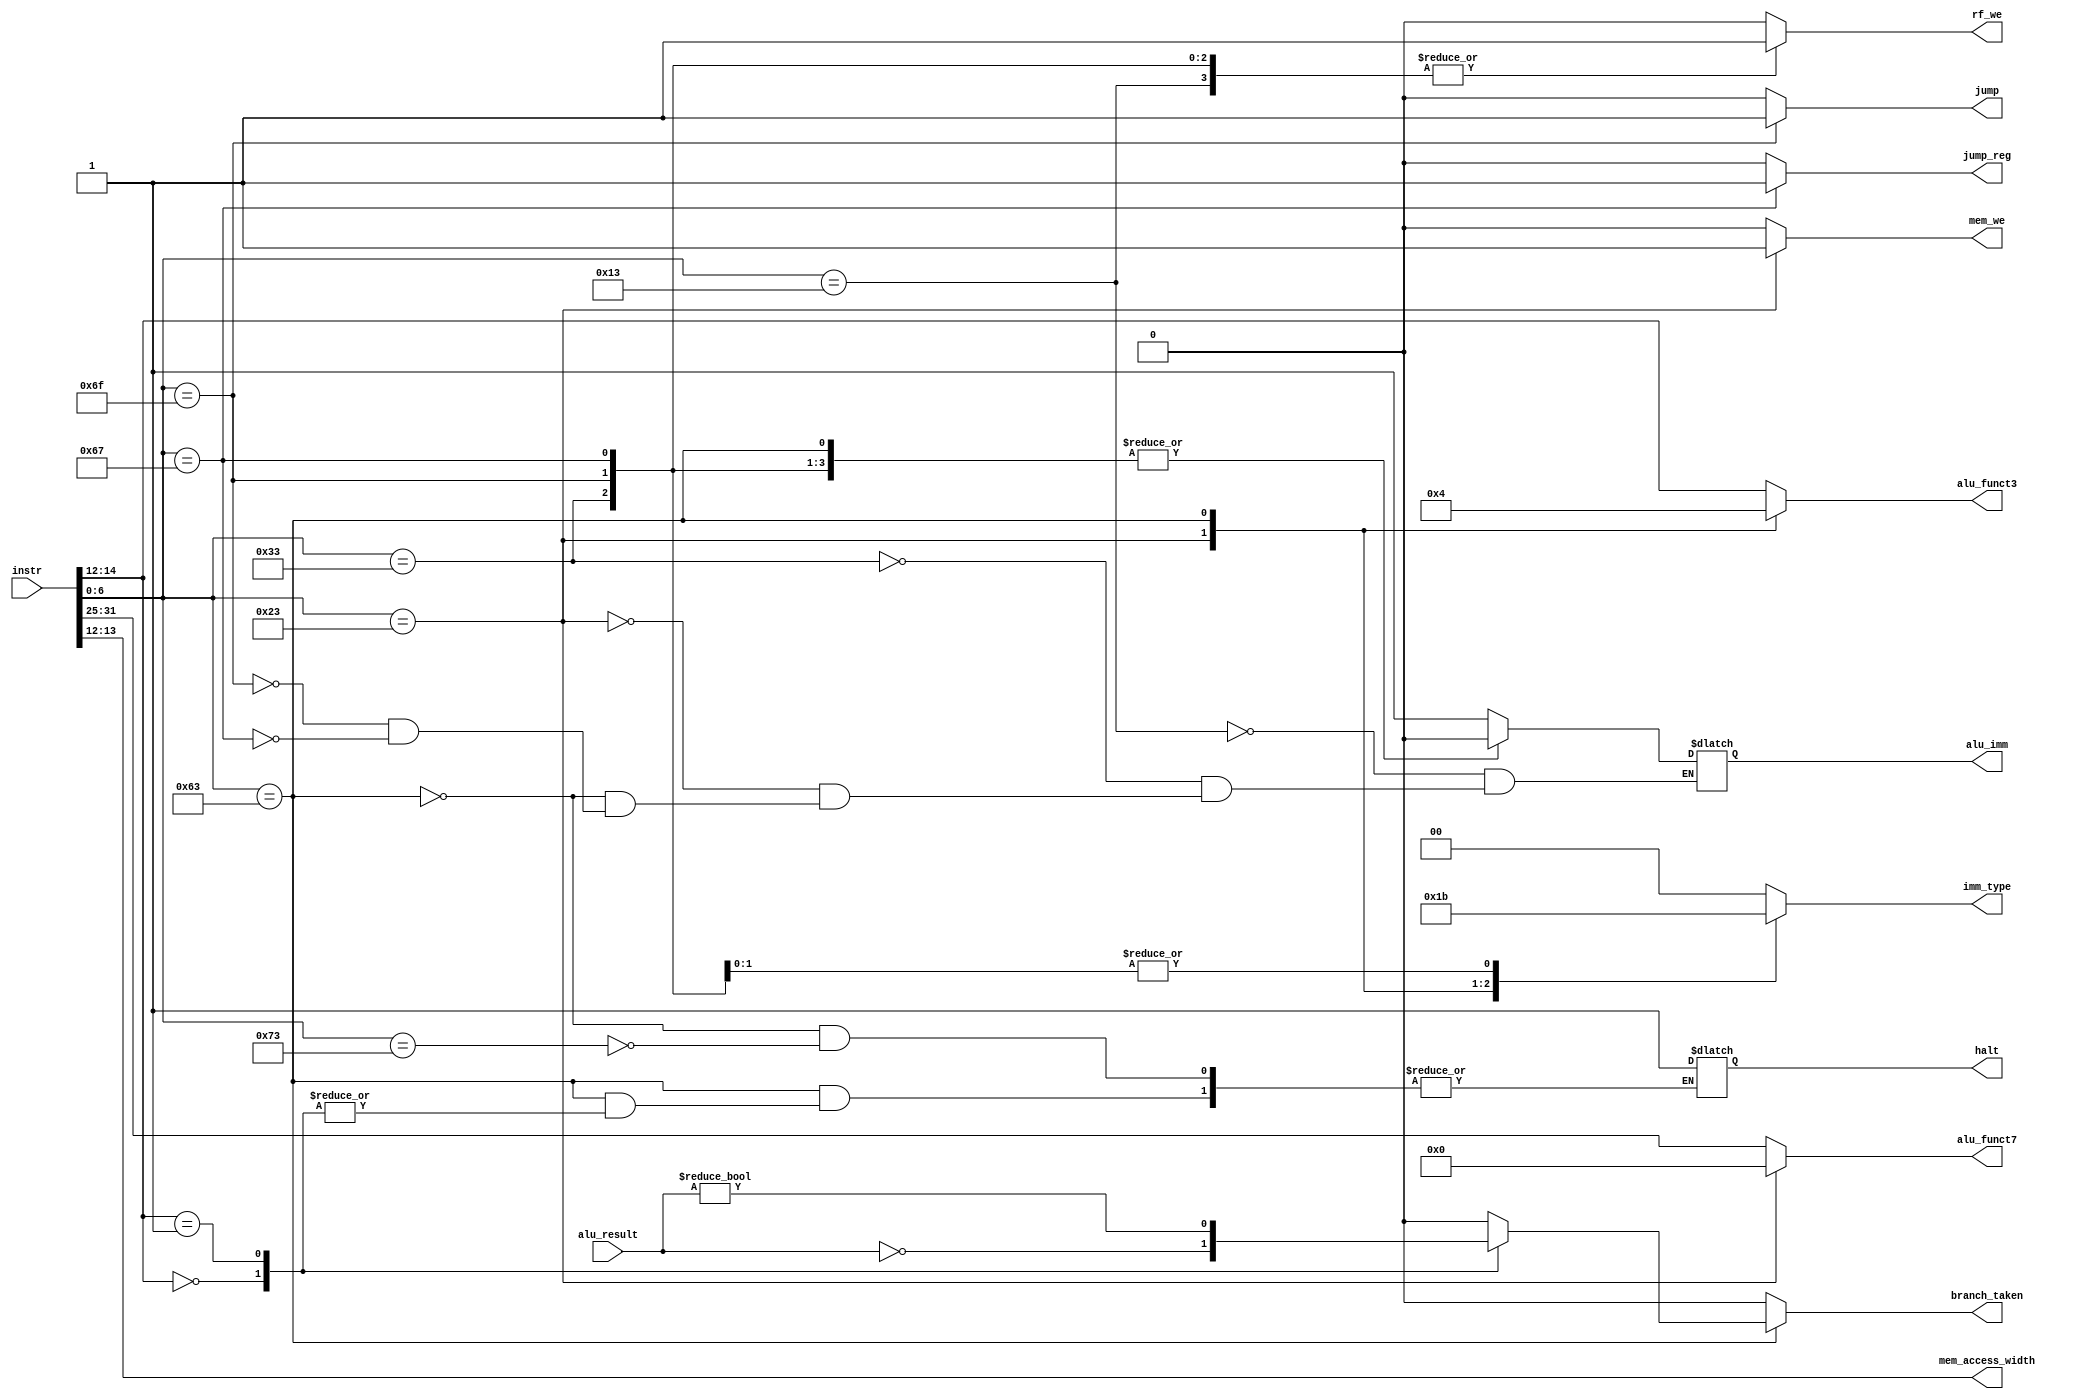
// This program was cloned from: https://github.com/RustamSubkhankulov/verilog-labs
// License: MIT License

module control(
    
    /* Current instruction encoding */
    input wire [31:0]instr,

    /* ALU result */
    input wire [31:0]alu_result,

    /* Immediate field type encoded in instruction */
    output reg [1:0]imm_type,
    
    /* Register file Write Enable */
    output reg rf_we,

    /* ALU immediate source operand flag */
    output reg alu_imm,
    
    /* ALU operation codes */
    output reg [2:0]alu_funct3,
    output reg [6:0]alu_funct7,

    /* Write to memory enable signal */
    output reg mem_we,

    /* Access width for memory control unit */
    output wire [1:0]mem_access_width,

    /* Halt, stop processor (ebreak opcode actually) */
    output reg halt,

    /* Current instruction is branch and it is taken */
    output reg branch_taken,

    /* Current instruction is jump */
    output reg jump,

    /* Current instruction is jump register */
    output reg jump_reg
);

/* Extract fields from instruction code */
wire [6:0]opcode = instr[6:0];

/* Access width for store instructions */
assign mem_access_width = instr[13:12];

initial begin
    halt = 1'b0;
end

wire [2:0]funct3 = instr[14:12];

always @(instr) begin
    
    rf_we        = 1'b0;
    mem_we       = 1'b0;

    jump         = 1'b0;
    jump_reg     = 1'b0;
    branch_taken = 1'b0;
    
    imm_type   = 2'h0;    
    alu_funct3 = instr[14:12];
    alu_funct7 = instr[31:25];

    case (opcode)

        /* I-type */
        7'b0010011: begin
            rf_we   = 1'b1;
            imm_type   = 2'h0;
            alu_imm = 1'b1;
        end

        /* R-type */
        7'b0110011: begin
            rf_we   = 1'b1;
            alu_imm = 1'b0;
        end

        /* S-type */
        7'b0100011: begin
            imm_type = 2'h1;
            alu_imm  = 1'b1;
            mem_we   = 1'b1;
            alu_funct3 = 3'b0; // ADDI to ALU
            alu_funct7 = 7'b0;
        end

        /* B-type */
        7'b1100011: begin
            imm_type = 2'h2;
            alu_imm = 1'b0;
            alu_funct3 = 3'b100; // XOR to ALU
            
            case (funct3)
                3'b000: branch_taken = (alu_result == 0);
                3'b001: branch_taken = (alu_result != 0);
                
                /* Unknown instruction, halt */
                default: halt = 1'b1;
            endcase

        end

        /* J-type */

        7'b1101111: begin // JAL
            imm_type = 3'h3;
            rf_we   = 1'b1;
            alu_imm = 1'b0;
            jump    = 1'b1;
        end

        7'b1100111: begin // JALR
            imm_type = 3'h3; 
            rf_we    = 1'b1;
            alu_imm  = 1'b0;
            jump_reg = 1'b1;
        end

        /* ebreak */
        7'b1110011: begin
            halt = 1'b1;
        end

        /* Unknown instruction */
        default: ;

    endcase
end

endmodule